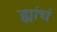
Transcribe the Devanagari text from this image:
ह्यांचं